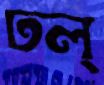
ঢল্‌